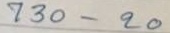
730 - 20